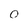
Character: O